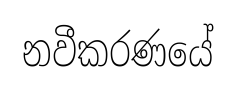
නවීකරණයේ